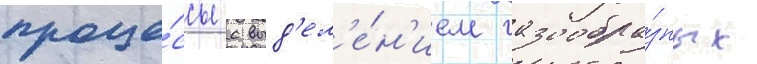
проце́ссы с выд'ел'е́н'ием газообра́зных